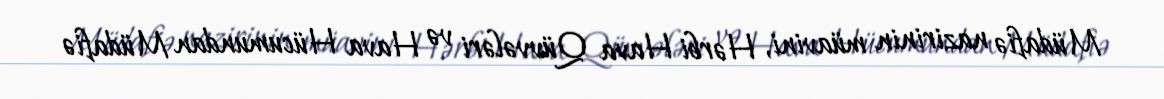
Müdafiə nazirinin müavini, Hərbi Hava Qüvvələri və Hava Hücumundan Müdafiə